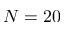
N = 2 0